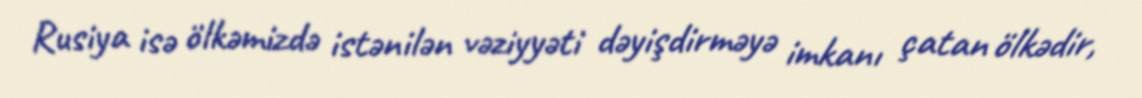
Rusiya isə ölkəmizdə istənilən vəziyyəti dəyişdirməyə imkanı çatan ölkədir,